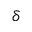
\delta